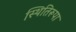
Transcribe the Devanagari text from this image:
स्थितिरूपा